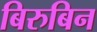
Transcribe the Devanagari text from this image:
बिरुबिन